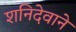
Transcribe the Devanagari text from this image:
शनिदेवाने